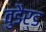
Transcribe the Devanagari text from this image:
वुडैर्ड